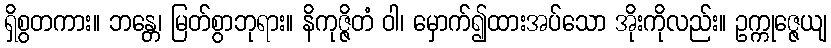
ရှိစွတကား။ ဘန္တေ၊ မြတ်စွာဘုရား။ နိကုဇ္ဇိတံ ဝါ၊ မှောက်၍ထားအပ်သော အိုးကိုလည်း။ ဥက္ကုဇ္ဇေယျ